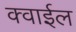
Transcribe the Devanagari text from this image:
क्वाईल